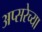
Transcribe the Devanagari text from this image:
अप्सरेच्या